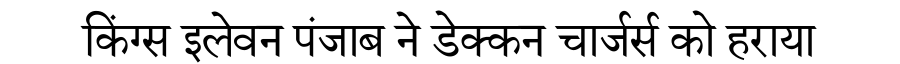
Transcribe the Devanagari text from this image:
किंग्स इलेवन पंजाब ने डेक्कन चार्जर्स को हराया